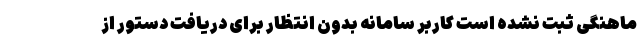
ماهنگی ثبت نشده است کاربر سامانه بدون انتظار برای دریافت دستور از